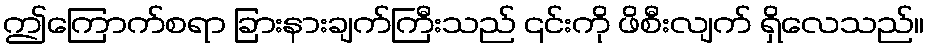
ဤကြောက်စရာ ခြားနားချက်ကြီးသည် ၎င်းကို ဖိစီးလျက် ရှိလေသည်။